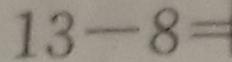
1 3 - 8 =